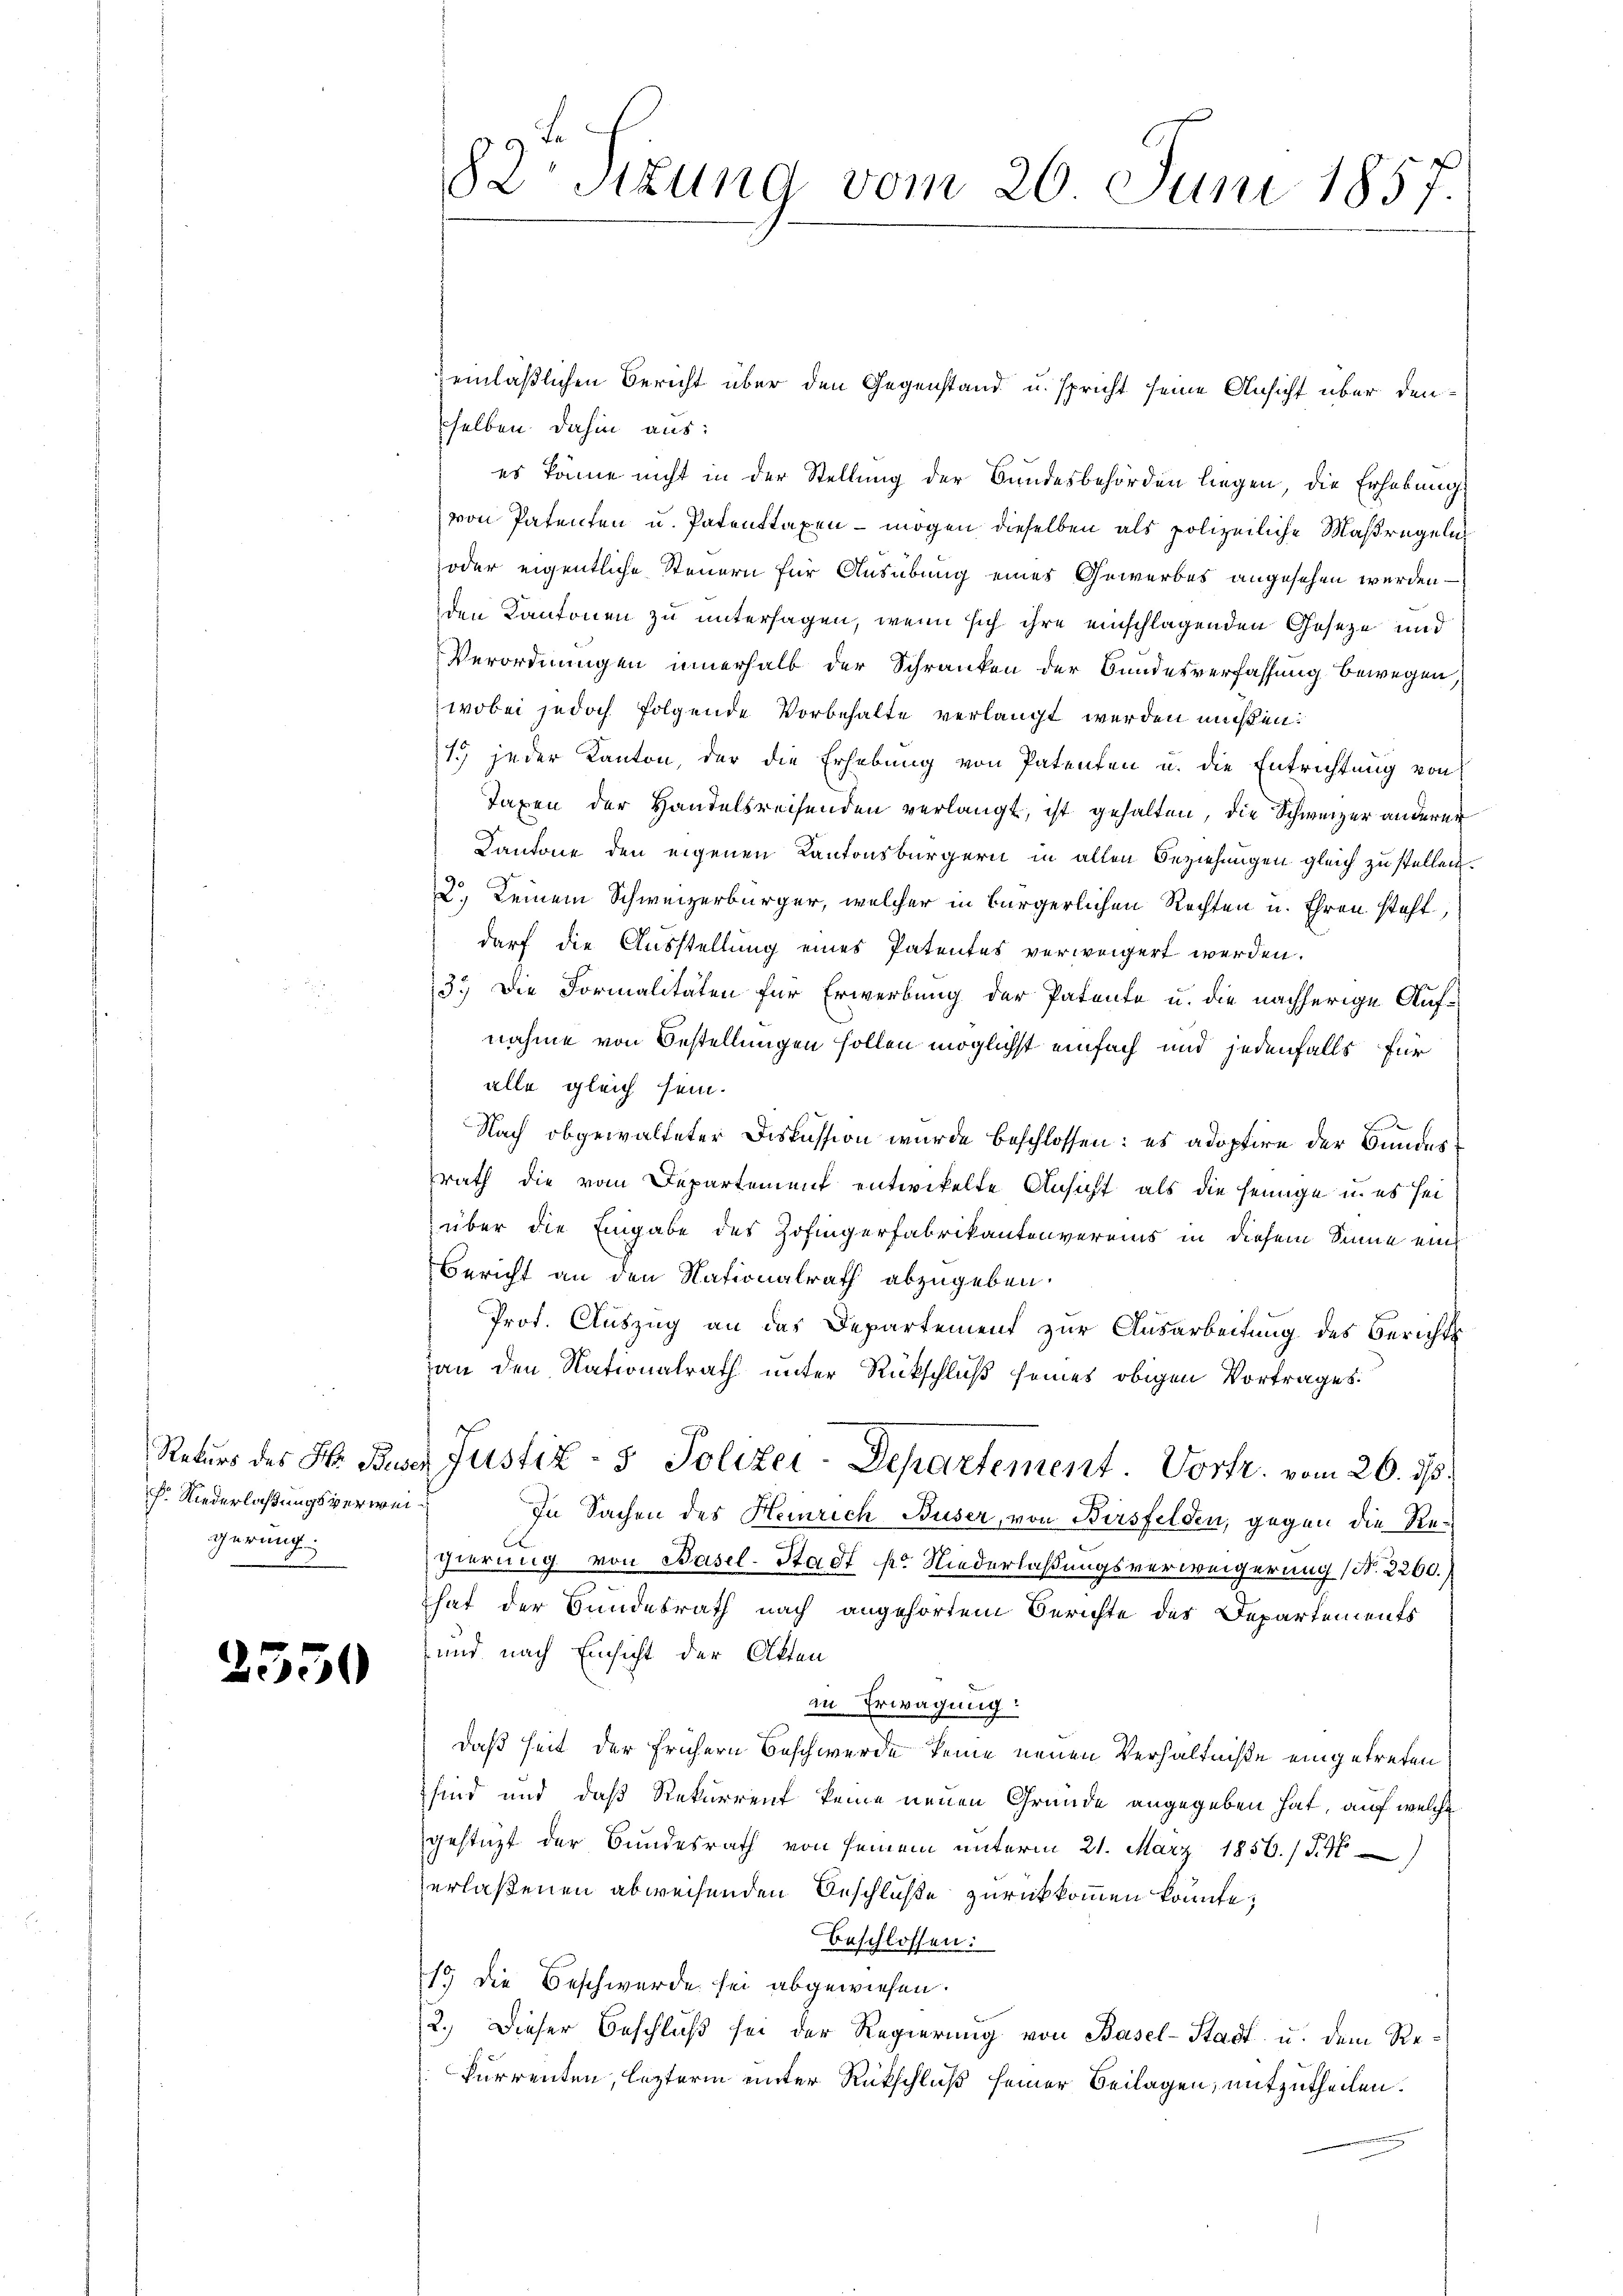
f. Niederlaßungsverweigerung.

2550

82. Sitzung vom 20. Juni 1857.

einläßlichen Bericht über den Gegenstand u. spricht seine Ansicht über densselben dahin aus:
es könne nicht in der Stellung der Bundesbehörden liegen, die Erhebung
von Patenten u. Patenttaxen – mögen dieselben als polizeiliche Maßregeln
oder eigentliche Steuern für Ausübung eines Gewerbes angesehen werden
den Kantonen zu untersagen, wenn sich ihre einschlagenden Geseze und
Verordnungen innerhalb der Schranken der Bundesverfassung bewegen,
wobei jedoch folgende Vorbehalte verlangt werden müßen:
1. jeder Kanton, der die Erhebung von Patenten u. die Entrichtung von
Taxen der Handelsreisenden verlangt, ist gehalten, die Schweizer anderer
Kantone den eigenen Kantonsbürgern in allen Beziehungen gleich zu stellen.
2) keinem Schweizerbürger, welcher in bürgerlichen Rechten u. Ehren steht,
darf die Ausstellung eines Patentes verweigert werden.
3. Die Formalitäten für Erwerbung der Patente u. die nachherige Aufnahme von Bestellungen sollen möglichst einfach und jedenfalls für
alle gleich sein.
Nach obgewalteter Diskussion wurde beschlossen: es adoptire der Bundesrath die vom Departement entwickelte Ansicht als die seinige u. es sei
über die Eingabe des Zofingerfabrikantenverains in diesem Sinne ein
Bericht an den Nationalrath abzugeben.
Prof. Auszug an das Departement zur Ausarbeitung des Berichtsan den Nationalrath unter Rückschluß seines obigen Vortrages.
Rekurs des H. Die Justiz- & Polizei-Departement Vortr. vom 26. ds.
In Sachen des Heinrich Buser, von Birsfelden, gegen die Regierung von Basel-Stadt pr. Niederlaßungsverweigerung (Nr. 2260.
That der Bundesrath nach angehörtem Berichte des Departements
und nach Einsicht der Akten
in Erwägung:
daß heit der frühern Beschwerde keine neuen Verhältniße eingetreten
sind und daß Rekurrent keine neuen Grunde angegeben hat, auf welche
gestüzt der Bundesrath von seinem unterm 21. März 1856. /. M
erlaßenen abweisenden Beschluße zurückkommen könnte;
beschlossen:
15 die Beschwerde sei abgewiesen.
2.) Dieser Beschluß sei der Regierung von Basel-Stadt u. dem Rekurrenten, lezterm unter Rückschluß seiner Beilagen, mitzutheilen.